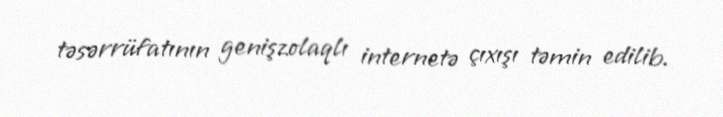
təsərrüfatının genişzolaqlı internetə çıxışı təmin edilib.